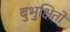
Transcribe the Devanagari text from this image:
बुभुक्षितों